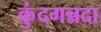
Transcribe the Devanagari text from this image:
कुंदगन्नदा